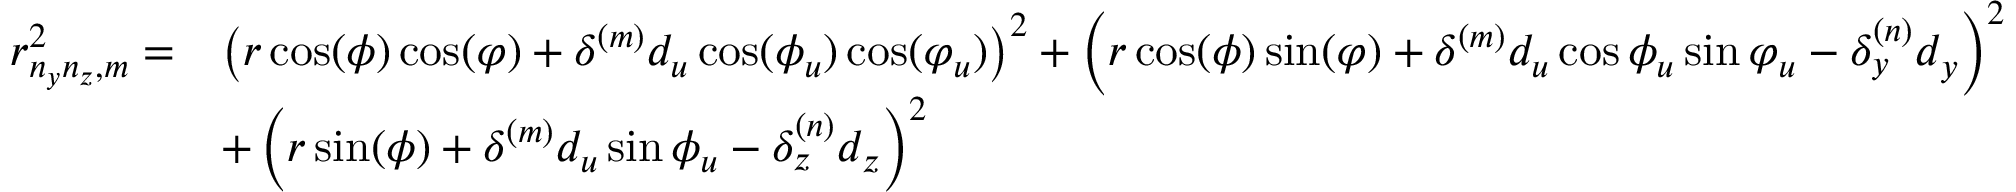
\begin{array} { r l } { r _ { n _ { y } n _ { z } , m } ^ { 2 } = } & { \left( r \cos ( \phi ) \cos ( \varphi ) + \delta ^ { ( m ) } d _ { u } \cos ( \phi _ { u } ) \cos ( \varphi _ { u } ) \right) ^ { 2 } + \left( r \cos ( \phi ) \sin ( \varphi ) + \delta ^ { ( m ) } d _ { u } \cos \phi _ { u } \sin \varphi _ { u } - \delta _ { y } ^ { ( n ) } d _ { y } \right) ^ { 2 } } \\ & { + \left( r \sin ( \phi ) + \delta ^ { ( m ) } d _ { u } \sin \phi _ { u } - \delta _ { z } ^ { ( n ) } d _ { z } \right) ^ { 2 } } \end{array}